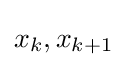
x_{k},x_{k+1}